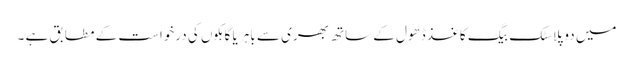
میں دو پلاسٹک بیگ کاغذ ڈھول کے ساتھ بھری سے باہر یا گاہکوں کی درخواست کے مطابق ہے ۔